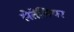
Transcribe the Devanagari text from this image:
लेतेलियर